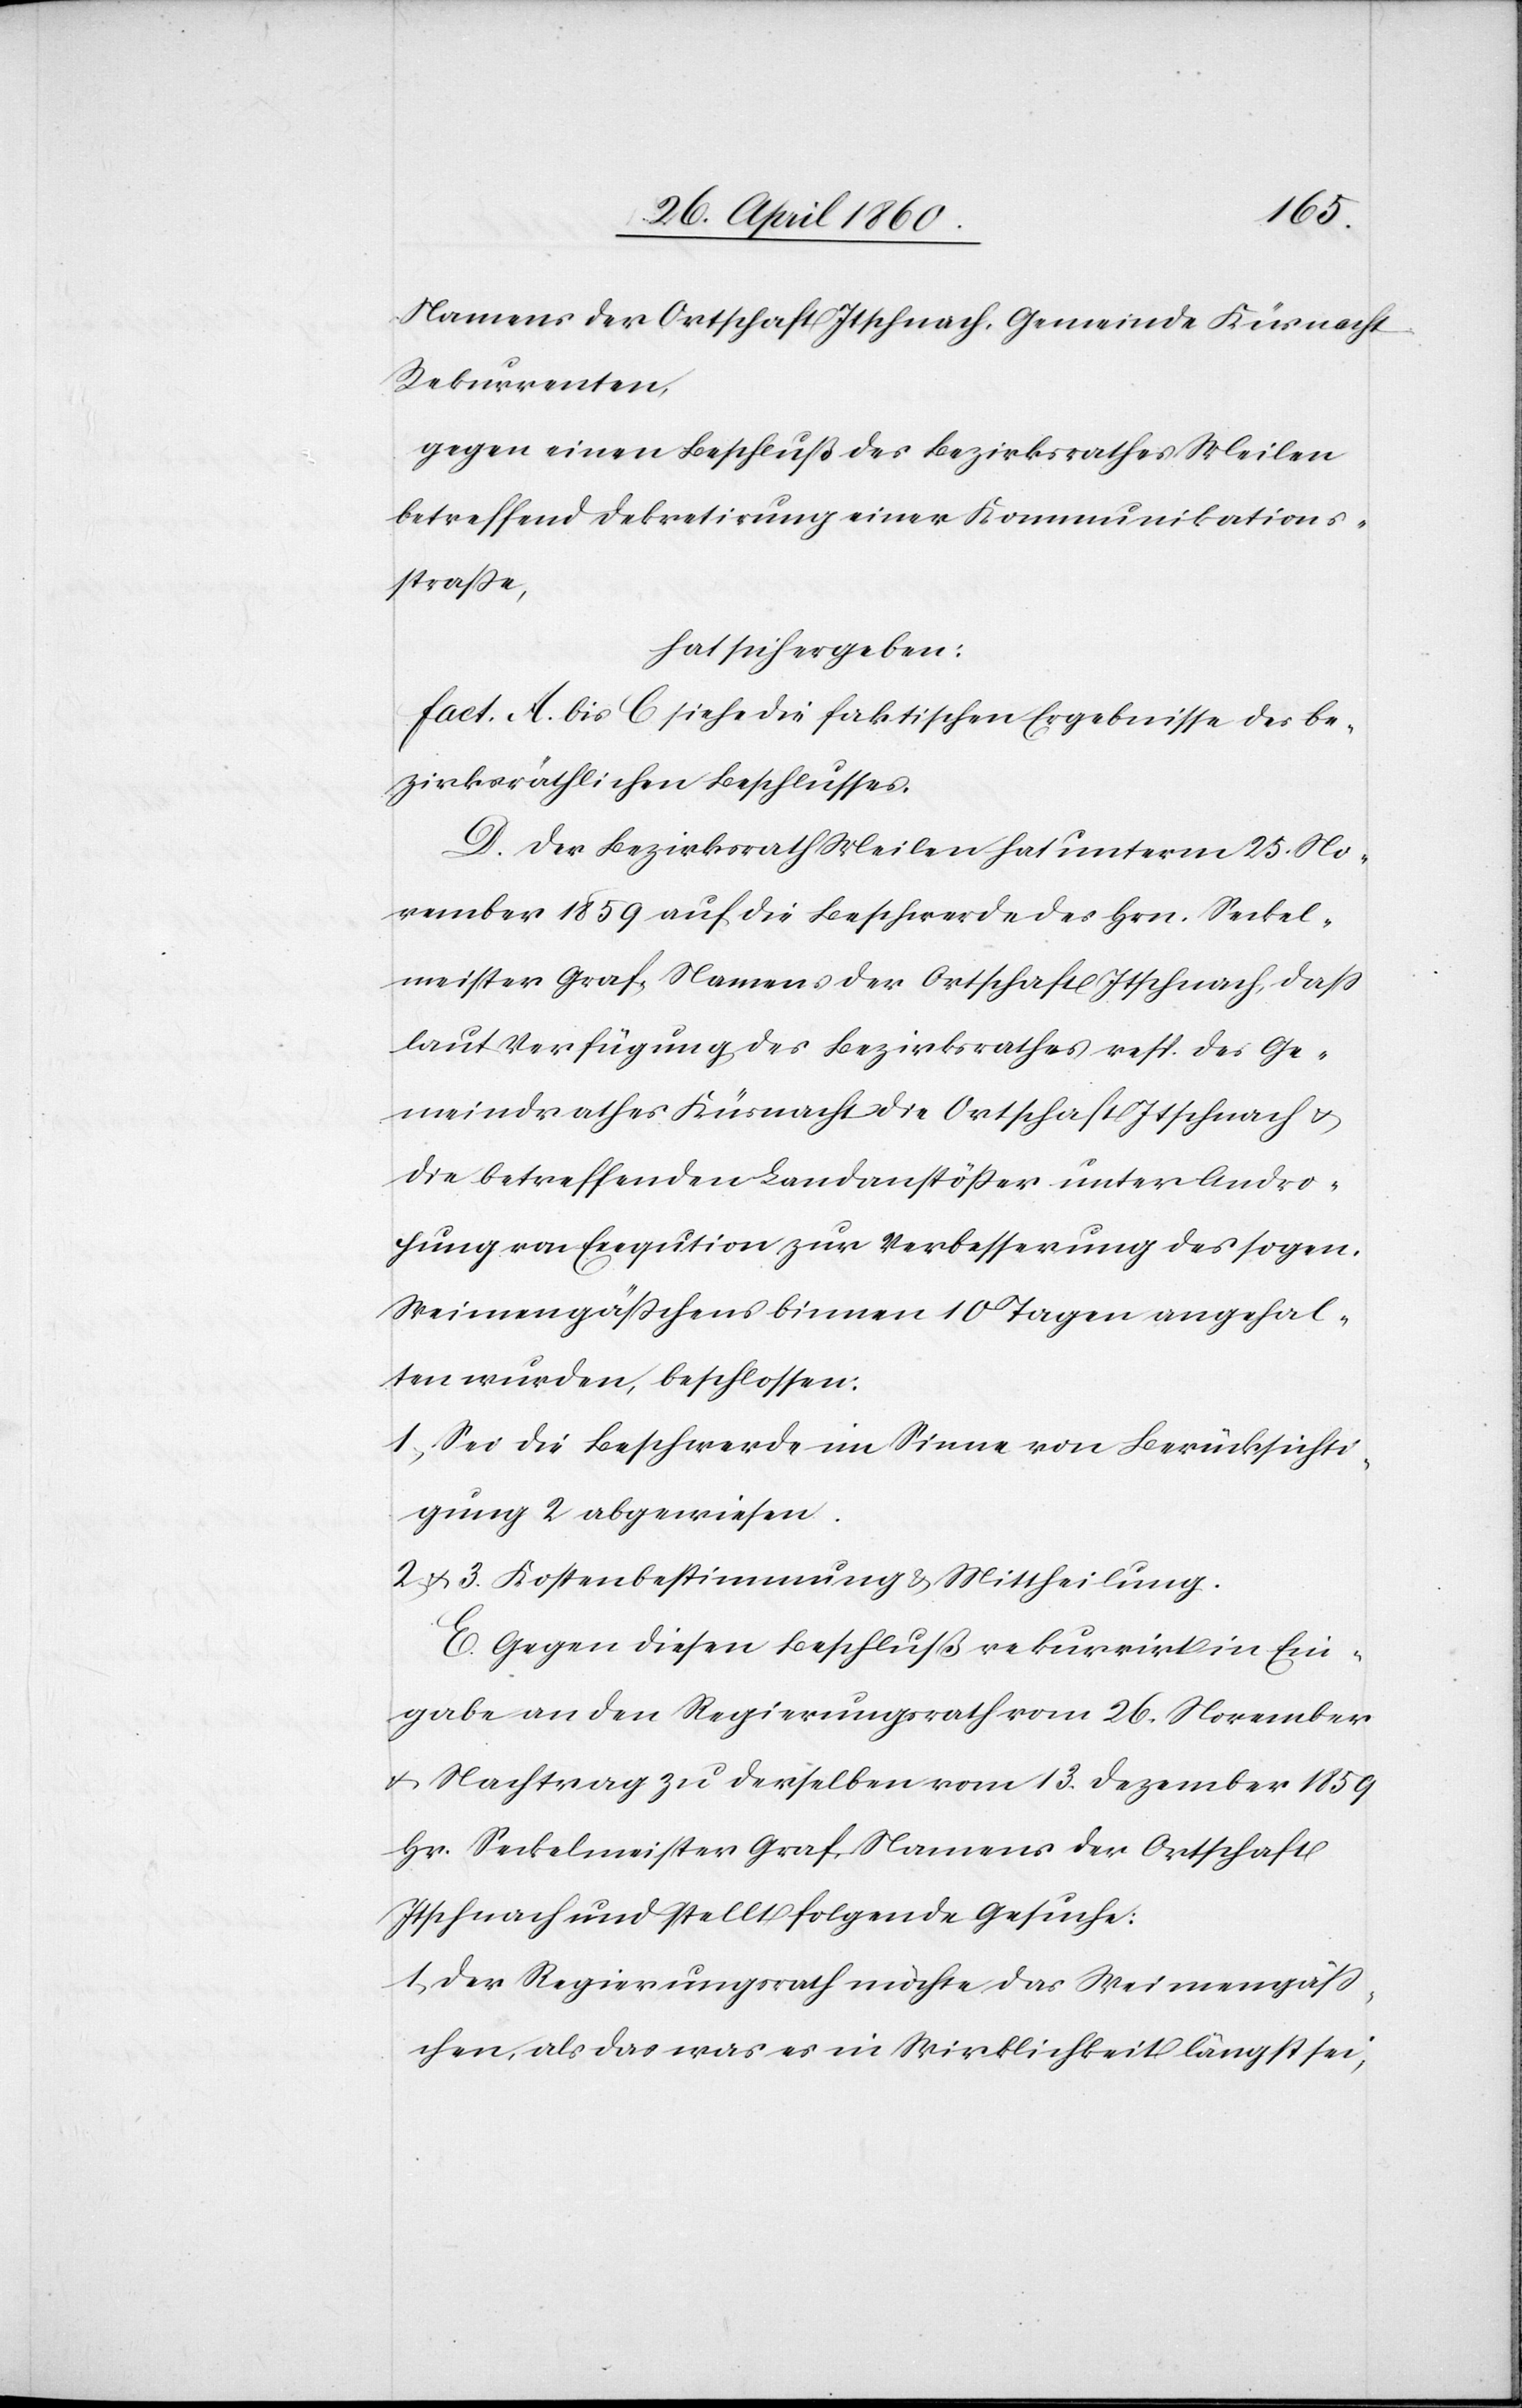
Namens der Ortschaft Itschnach, Gemeinde Küsnacht,
Rekurrenten,
gegen einen Beschluß des Bezirksrathes Meilen
betreffend Dekretirung einer Kommunikations¬
strasse,
hat sich ergeben:
fact. A. bis C siehe die faktischen Ergebnisse des be¬
zirksräthlichen Beschlusses.
D. Der Bezirksrath Meilen hat unterm 25. No¬
vember 1859 auf die Beschwerde des Hrn. Seckel¬
meister Graf, Namens der Ortschaft Itschnach, dass
laut Verfügung des Bezirksrathes resp. des Ge¬
meindrathes Küsnacht die Ortschaft Itschnach u.
die betreffenden Landanstösser unter Andro¬
hung von Exeqution zur Verbesserung des sogen.
Weimengässchens binnen 10 Tagen angehal¬
ten wurden, beschlossen:
1) Sei die Beschwerde im Sinne von Berücksichti¬
gung 2 abgewiesen.
2 u. 3. Kostenbestimmung u. Mittheilung.
E. Gegen diesen Beschluß rekurrirt in Ein¬
gabe an den Regierungsrath vom 26. November
u. Nachtrag zu derselben vom 13. Dezember 1859
Hr. Seckelmeister Graf, Namens der Ortschaft
Itschnach und stellt folgende Gesuche:
1) Der Regierungsrath möchte das Weimengäss¬
chen, als das was es in Wirklichkeit längst sei,